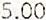
5.00